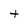
Character: t